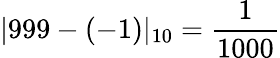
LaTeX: |999-(-1)|_{10}={\frac{1}{1000}}